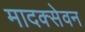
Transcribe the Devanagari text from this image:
मादक्सेवन